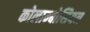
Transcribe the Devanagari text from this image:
कोलाम्बोसियन